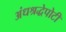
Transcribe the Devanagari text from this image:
अंधश्रद्धेपोटी